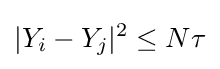
|Y_{i}-Y_{j}|^{2}\leq N\tau \,\!